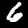
Digit: 6